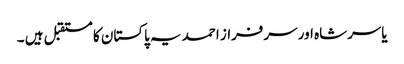
یاسرشاہ اور سرفراز احمد یہ پاکستان کا مستقبل ہیں ۔